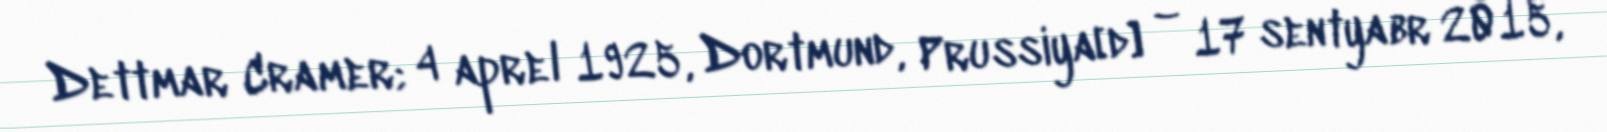
Dettmar Cramer; 4 aprel 1925, Dortmund, Prussiya[d] – 17 sentyabr 2015,